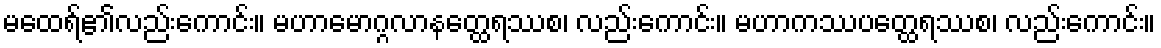
မထေရ်၏လည်းကောင်း။ မဟာမောဂ္ဂလာနတ္ထေရဿစ၊ လည်းကောင်း။ မဟာကဿပတ္ထေရဿစ၊ လည်းကောင်း။